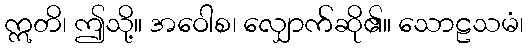
ဣတိ၊ ဤသို့။ အဝေါစ၊ လျှောက်ဆို၏။ သောဠသမံ၊